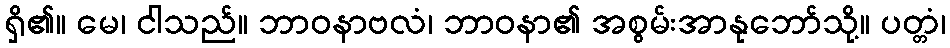
ရှိ၏။ မေ၊ ငါသည်။ ဘာဝနာဗလံ၊ ဘာဝနာ၏ အစွမ်းအာနုဘော်သို့။ ပတ္တံ၊